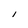
Character: l